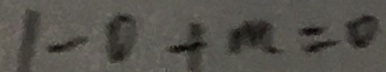
1 - 0 + m = 0